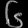
Digit: ၆